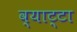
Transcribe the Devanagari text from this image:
व्याट्टा